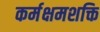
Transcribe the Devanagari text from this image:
कर्मक्षमशक्ति